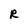
Character: R